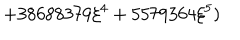
LaTeX: \displaystyle \hspace { 3 c m } + 3 8 6 8 8 3 7 9 \xi ^ { 4 } + 5 5 7 9 3 6 4 \xi ^ { 5 } )